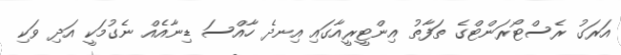
އަރަގު ރެސްޓޯރަންޓްގެ ތަފާތު އިންޓީރީއާގައި އިނދެ ހާއްސަ ޑިނާއެއް ނެގުމަކީ އަދި ވަކި